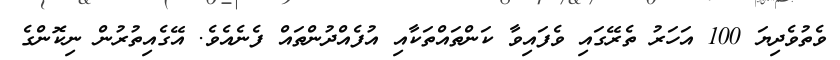
ވެތުވެދިޔަ 100 އަހަރު ތެރޭގައި ވެފައިވާ ކަންތައްތަކާއި އުފެއްދުންތައް ފެނެއެވެ. އޭގެއިތުރުން ނިކޮންގެ